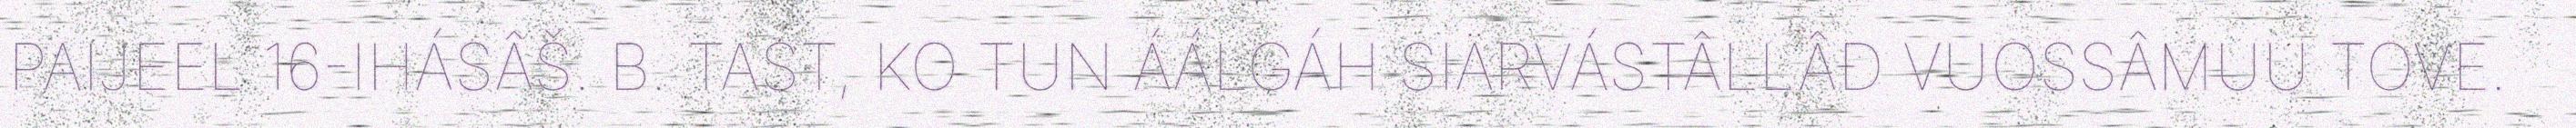
PAIJEEL 16-IHÁSÂŠ. B. TAST, KO TUN ÁÁLGÁH SIÄRVÁSTÂLLÂĐ VUOSSÂMUU TOVE.